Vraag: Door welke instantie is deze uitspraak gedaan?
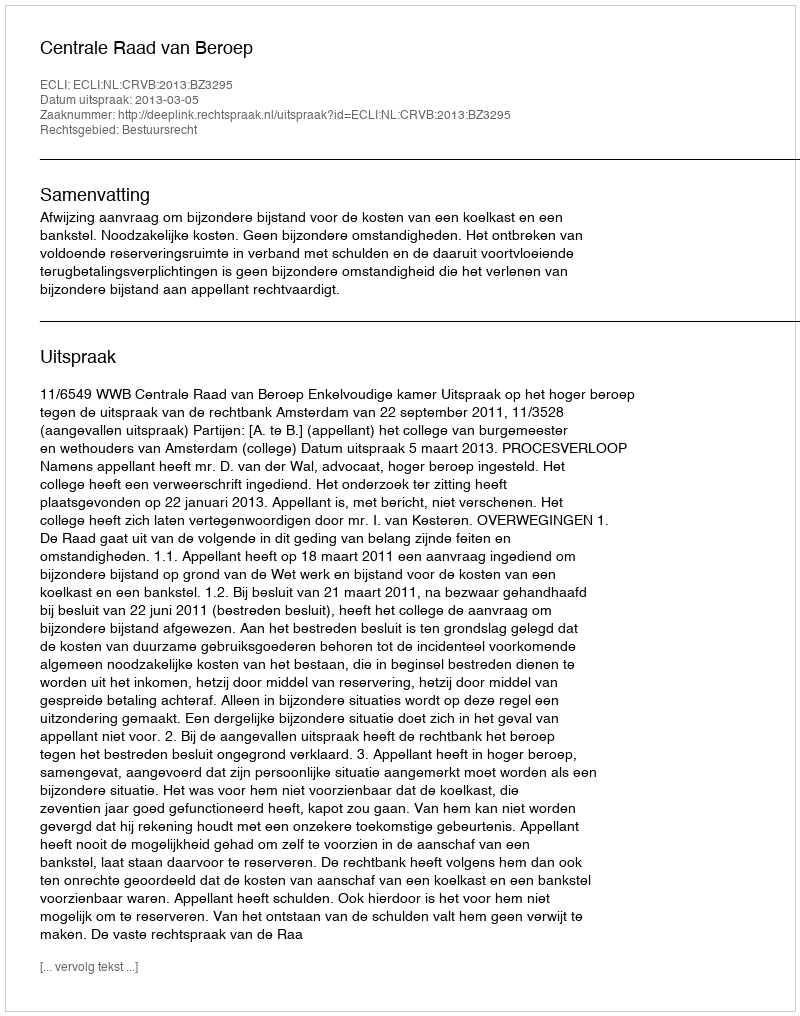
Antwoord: Centrale Raad van Beroep